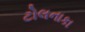
ટોલનાકા